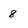
Character: 8